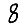
Digit: 8